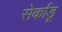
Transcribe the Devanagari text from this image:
सेर्काडू